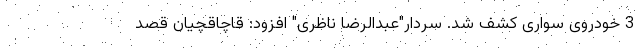
3 خودروی سواری کشف شد. سردار"عبدالرضا ناظری" افزود: قاچاقچیان قصد